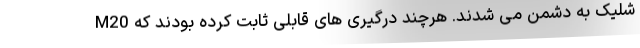
شلیک به دشمن می شدند. هرچند درگیری های قابلی ثابت کرده بودند که M20